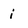
Character: i